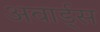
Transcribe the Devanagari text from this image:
अवार्ड्स